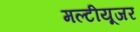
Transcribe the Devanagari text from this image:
मल्टीयूजर